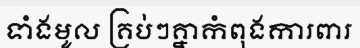
ទាំងមូល គ្រប់ៗគ្នាកំពុងការពារ